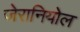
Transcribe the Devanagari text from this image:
जेरानियोल